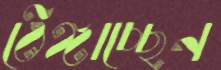
ঠেঙ্গাচ্ছেন